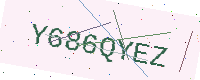
Text: Y686QYEZ